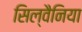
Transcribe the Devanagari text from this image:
सिल्वैनिया